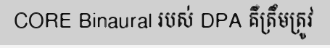
CORE Binaural របស់ DPA គឺត្រឹមត្រូវ